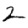
Digit: 2